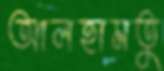
আলহামতু